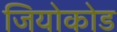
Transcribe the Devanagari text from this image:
जियोकोड